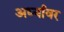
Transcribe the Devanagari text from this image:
अर्ध्यावर